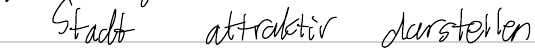
Stadt attraktiv darstellen